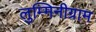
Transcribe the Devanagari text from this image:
लुम्मिनीग्राम